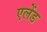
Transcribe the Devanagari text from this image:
एलेंड